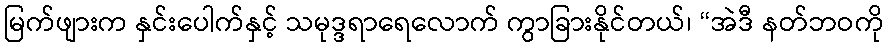
မြက်ဖျားက နှင်းပေါက်နှင့် သမုဒ္ဒရာရေလောက် ကွာခြားနိုင်တယ်၊ “အဲဒီ နတ်ဘဝကို